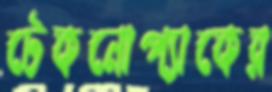
টেকনোপ্যাকের